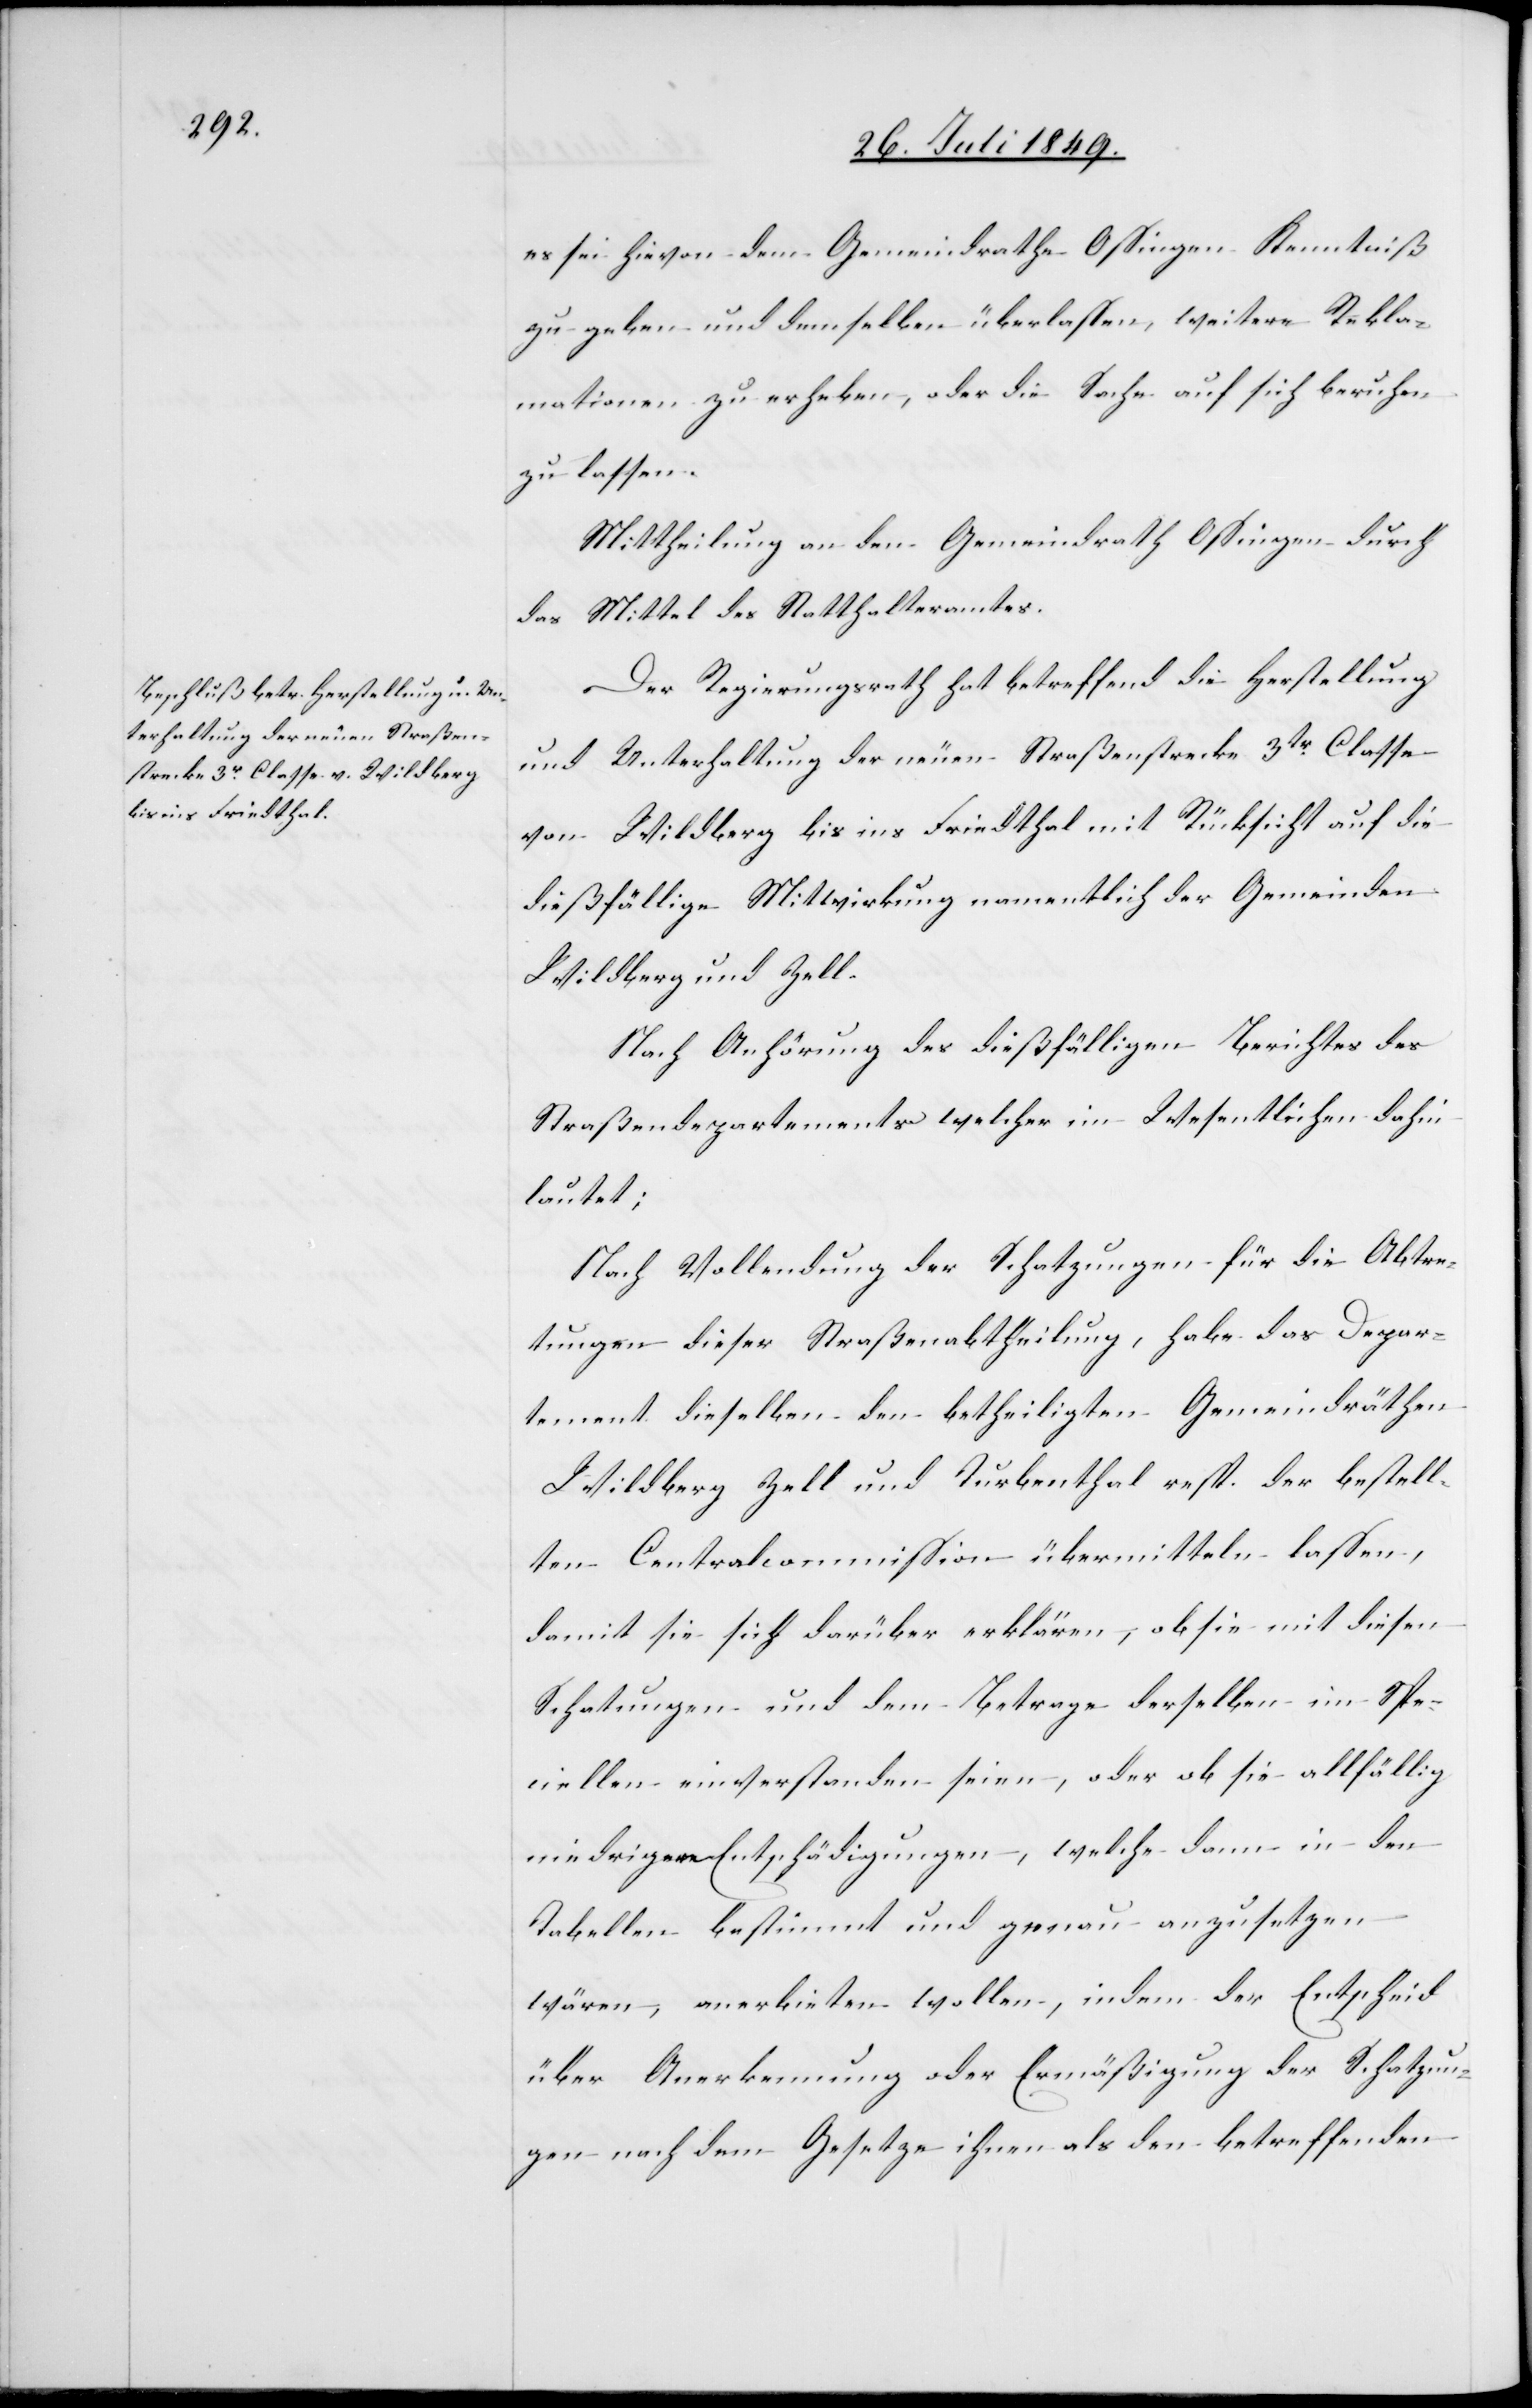
Es sei hievon dem Gemeindrathe Ossingen Kenntniß
zu geben und demselben überlassen, weitere Rekla¬
mationen zu erheben, oder die Sache auf sich beruhen
zu lassen.
Mittheilung an den Gemeindrath Ossingen durch
das Mittel des Statthalteramtes.
Der Regierungsrath hat betreffend die Herstellung
und Unterhaltung der neuen Straßenstrecke 3tr Classe
von Wildberg bis ins Friedthal mit Rücksicht auf die
dießfällige Mitwirkung namentlich der Gemeinden
Wildberg und Zell.
Nach Anhörung des dießfälligen Berichtes des
Straßendepartements welcher im Wesentlichen dahin
lautet;
Nach Vollendung der Schatzungen für die Abtre¬
tungen dieser Straßenabtheilung, habe das Depar¬
tement dieselben den betheiligten Gemeindräthen
Wildberg Zell und Turbenthal resp. der bestell¬
ten Centralcommission übermitteln lassen,
damit sie sich darüber erklären, ob sie mit diesen
Schatzung und dem Betrage derselben im Spe¬
ciellen einverstanden seien, oder ob sie allfällig
niedrige Entschädigungen, welche dann in den
Tabellen bestimmt und genau anzusetzen
wären, anerbieten wollen, indem der Entscheid
über Anerkennung oder Ermäßigung der Schatzun¬
gen nach dem Gesetze ihnen als den betreffenden